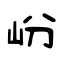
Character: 岎